system: You are a helpful assistant.
user:
Analyze the provided spectrum to determine if it is a **Carbon Star (C-type)**.

- **Key Visual Indicators of Carbon Star:**
    - **(Primary):** Strong molecular absorption from **C₂ (diatomic carbon) "Swan Bands."** This is the **defining feature** of a carbon star.
        - **(Key Bandheads):** Sharp absorption edges are visible at approximately $5635$ Å, $5165$ Å (the strongest band), and $4737$ Å.
        - **(Line Profile):** Creates a distinct **"saw-tooth"** pattern. The key morphology is a sharp, steep bandhead on the **red (long-wavelength) side**, which then gradually tapers off (i.e., flux recovers) towards the **blue (short-wavelength) side**. *(This is the direct opposite of the TiO bands seen in M-type stars)*.

    - **(Secondary):** Intense **CN (cyanogen)** molecular absorption bands.
        - **(Key Bandheads):** Located in the blue and violet regions of the spectrum (e.g., near $4215$ Å and $3883$ Å).
        - **(Morphology):** These bands are extremely broad and act as a "blanket," absorbing the vast majority of blue and violet light. This creates a characteristic **"cliff"** or **"steep drop-off"** in the spectrum's flux at short wavelengths.

    - **(Key Confirmation):** Strong **CH absorption band (G-band)**.
        - **(Key Bandhead):** Located around $4300$ Å. The contribution from CH molecules to this band is exceptionally strong.

    - **(Overall Spectrum):**
        - The continuum is severely "chopped up" by these deep molecular bands, especially C₂, rather than appearing as a smooth curve.
        - Due to the heavy CN and C₂ absorption in the blue-green, the vast majority of the star's flux is concentrated in the red part of the spectrum, giving the star its characteristic deep red color.

Think first, call **spectral_visualization_tool** if needed to examine features in detail, then provide your final answer. Your response must adhere to the following strict rules:
1.  **Overall Structure:** Your response must follow the format `<think>...</think> <tool_call>...</tool_call> (if a tool is used) <answer>...</answer>`.
2.  **Tool Usage Constraint:** You may only make **one** tool call per turn.
3.  **Final Answer Format:** In the `<answer>` tag, your conclusion must be inside a `\boxed{}` command (e.g., `\boxed{YES}`), followed by your justification.

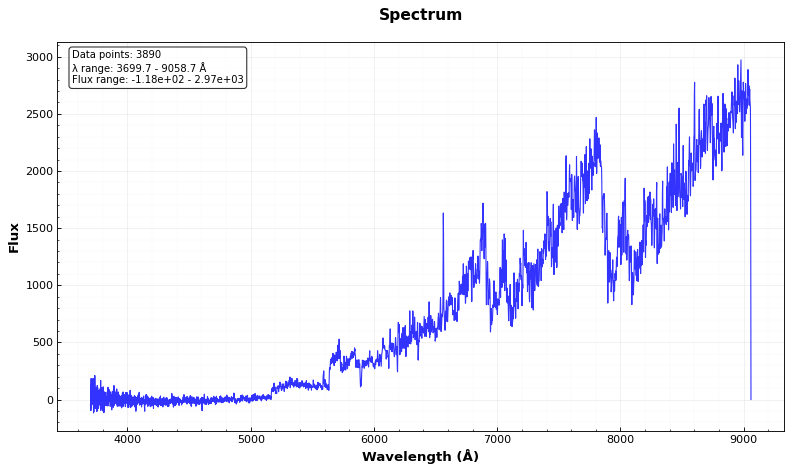
Answer: YES